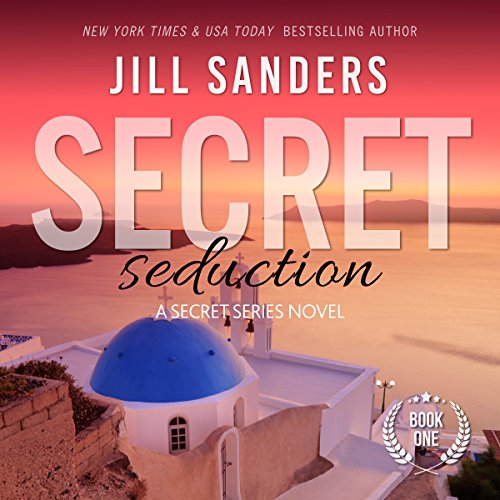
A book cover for Secret Seduction: Secret Series, Book 1; Jill Sanders; Romance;